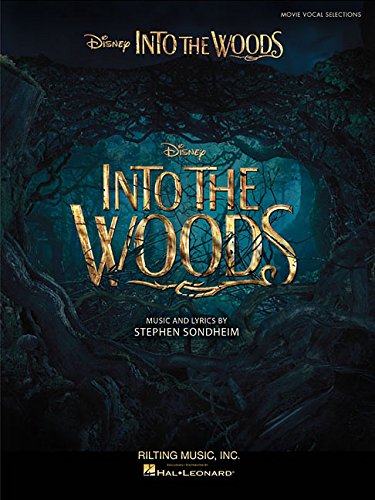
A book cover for Into the Woods: Vocal Selections from the Disney Movie; Humor & Entertainment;